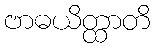
ဗာဓယိတ္ထာတိ